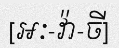
[អៈ-វ៉ា-ចី]